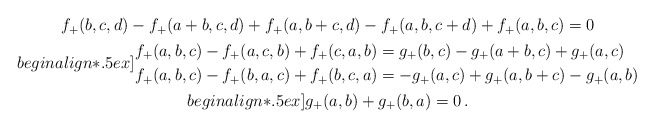
\begin{align*} \begin{gathered} f_+(b,c,d) -f_+(a+b,c,d) +f_+(a,b+c,d) -f_+(a,b,c+d) +f_+(a,b,c) = 0\\begin{align*}.5ex] \begin{aligned} f_+(a,b,c) -f_+(a,c,b) +f_+(c,a,b) &= g_+(b,c) -g_+(a+b,c) +g_+(a,c) \\ f_+(a,b,c) -f_+(b,a,c) +f_+(b,c,a) &= -g_+(a,c) +g_+(a,b+c) -g_+(a,b) \end{aligned}\\begin{align*}.5ex] g_+(a,b) + g_+(b,a) = 0 \,. \end{gathered}\end{align*}